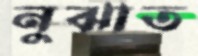
নুঝাত